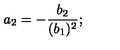
a _ { 2 } = - { \frac { b _ { 2 } } { ( b _ { 1 } ) ^ { 2 } } } ;